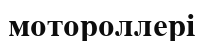
мотороллері